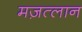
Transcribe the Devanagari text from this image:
मज़त्लान